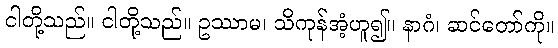
ငါတို့သည်။ ငါတို့သည်။ ဥဿာမ၊ သိကုန်အံ့ဟူ၍။ နာဂံ၊ ဆင်တော်ကို။